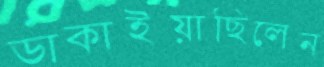
ডাকাইয়াছিলেন